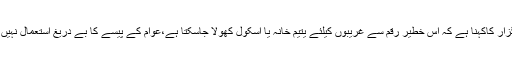
درخواست گزار کاکہنا ہے کہ اس خطیر رقم سے غریبوں کیلئے یتیم خانہ یا اسکول کھولا جاسکتا ہے،عوام کے پیسے کا بے دریغ استعمال نہیں ہونا چاہیے۔